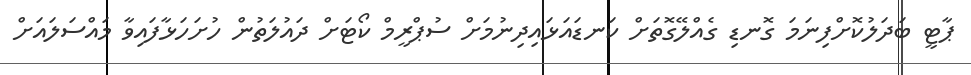
ޕާޓީ ބަދަލުކޮށްފިނަމަ ގޮނޑި ގެއްލޭގޮތަށް ކަނޑައަޅައިދިނުމަށް ސުޕްރީމް ކޯޓަށް ދައުލަތުން ހުށަހަޅާފައިވާ މައްސަލައަށް